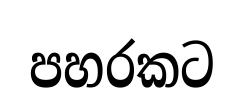
පහරකට